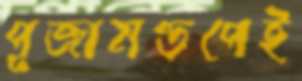
পূজামণ্ডপেই